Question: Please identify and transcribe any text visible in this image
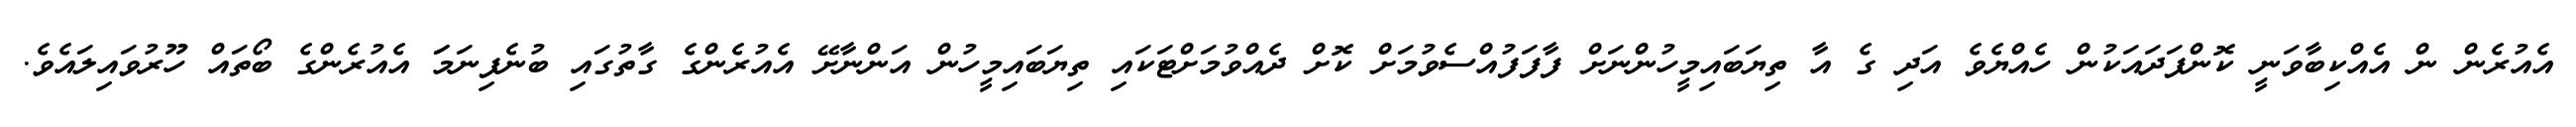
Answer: އެއުރެން ން އެއްކިބާވަނީ ކޮންފަދައަކުން ހެއްޔެވެ އަދި ގެ އާ ތިޔަބައިމީހުންނަށް ފާފަފުއްސެވުމަށް ކޮށް ދެއްވުމަށްޓަކައި ތިޔަބައިމީހުން އަންނާށޭ އެއުރެންގެ ގާތުގައި ބުނެފިނަމަަ އެއުރެންގެ ބޯތައް ހޫރުވައިލައެވެ.